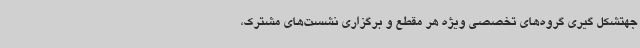
جهتشکل گیری گروه‌های تخصصی ویژه هر مقطع و برگزاری نشست‌های مشترک،